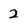
Character: 2